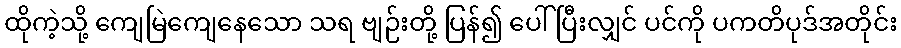
ထိုကဲ့သို့ ကျေမြဲကျေနေသော သရ ဗျဉ်းတို့ ပြန်၍ ပေါ်ပြီးလျှင် ပင်ကို ပကတိပုဒ်အတိုင်း